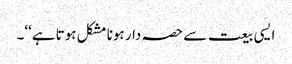
ایسی بیعت سے حصہ دار ہونا مشکل ہوتا ہے‘‘۔